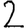
Digit: 2